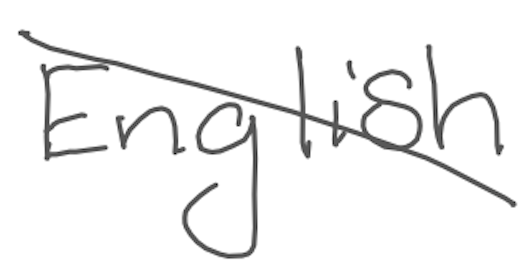
Text: English
Cross-out: diagonal
Writing tool: digital_gray